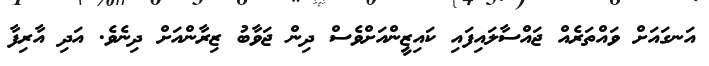
އަނގައަށް ވައްތަރެއް ޖައްސާލައިފައި ކައިޒީންއަށްވެސް ދިން ޖަވާބު ޒިރާންއަށް ދިނެވެ. އަދި އާރިފާ